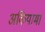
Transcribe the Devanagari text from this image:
अकियामा